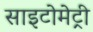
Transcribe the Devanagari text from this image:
साइटोमेट्री